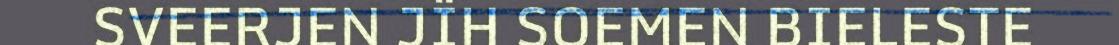
SVEERJEN JÏH SOEMEN BIELESTE